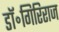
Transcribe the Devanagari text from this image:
डॉ॰गिरिराज